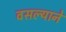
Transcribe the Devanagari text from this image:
वसल्याने